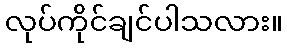
လုပ်ကိုင်ချင်ပါသလား။